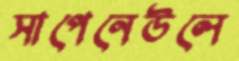
সাপেনেউলে